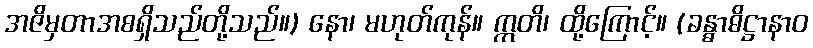
အဇိမှတာအစရှိသည်တို့သည်။) နော၊ မဟုတ်ကုန်။ ဣတိ၊ ထို့ကြောင့်။ (ခန္ဓာဓိဋ္ဌာနာဝ